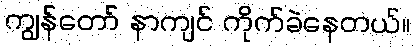
ကျွန်တော် နာကျင် ကိုက်ခဲနေတယ်။